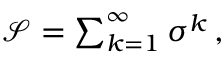
\begin{array} { r } { \mathcal { S } = \sum _ { k = 1 } ^ { \infty } \sigma ^ { k } \, , } \end{array}